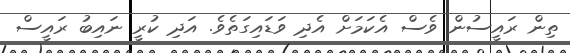
ތިން ރައީސުން ވެސް އެކަމަށް އެދި ވަޑައިގަތެވެ. އަދި ކުރީ ނައިބު ރައީސް